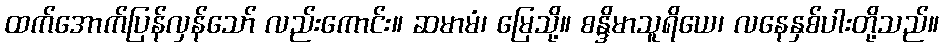
ထက်အောက်ပြန်လှန်သော် လည်းကောင်း။ ဆမာမံ၊ မြေသို့။ စန္ဒိမာသူရိယေ၊ လနေနှစ်ပါးတို့သည်။